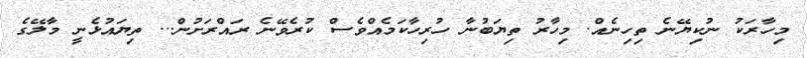
މިހާރަކު ނުކިޔޭނެ ތިހިނެއް. މިހާރު ތިޔަބުނާ ހުރިހާކަމެއްވެސް ކުރެވޭނެ ރައްރަށުން... ތިޔައުޅެނީ މާލޭގެ